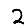
Digit: 2